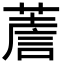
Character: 𦸻